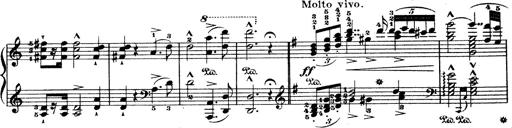
Title: Wagner-Liszt Album
Composer: Franz Liszt